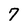
Character: 7